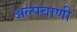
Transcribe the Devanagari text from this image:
अल्पवाणी